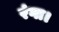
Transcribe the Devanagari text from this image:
रंगा।